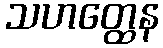
သဟတ္ထေန